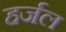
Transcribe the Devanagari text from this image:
हर्जल